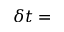
\delta t =